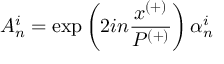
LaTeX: A _ { n } ^ { i } = \exp \left( 2 i n \frac { x ^ { ( + ) } } { P ^ { ( + ) } } \right) \alpha _ { n } ^ { i }